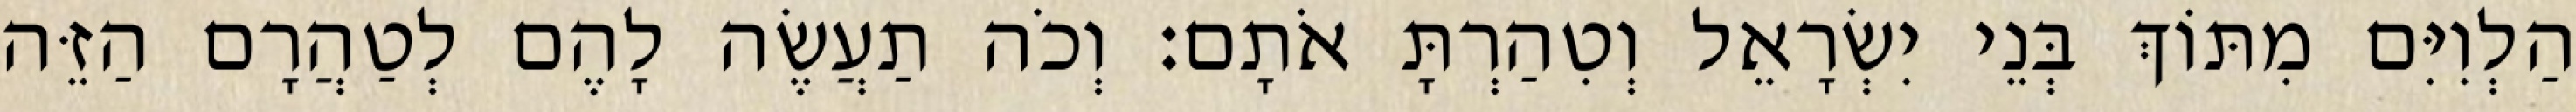
הַלְוִיִּם מִתּוֹךְ בְּנֵי יִשְׂרָאֵל וְטִהַרְתָּ אֹתָם׃ וְכֹה תַעֲשֶׂה לָהֶם לְטַהֲרָם הַזֵּה